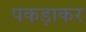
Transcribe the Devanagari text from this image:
पकड़ाकर